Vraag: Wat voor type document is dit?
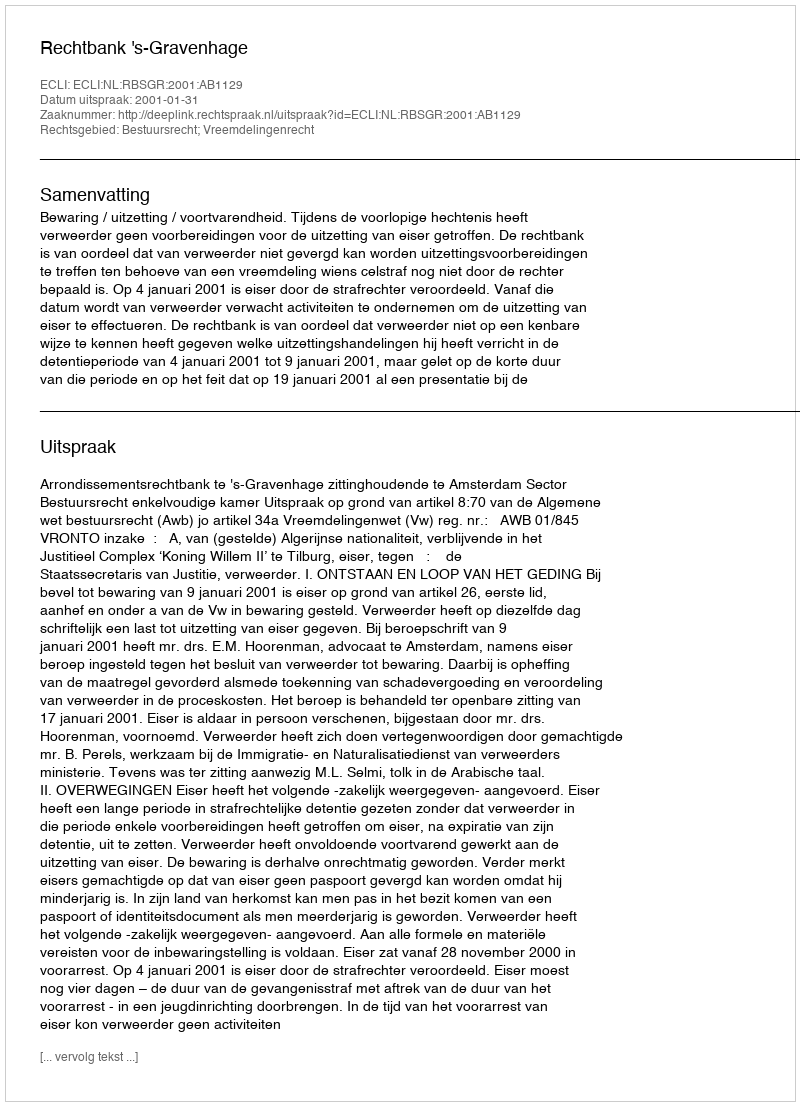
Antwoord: Uitspraak